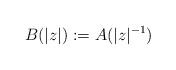
LaTeX: \begin{align*}B(|z|):=A(|z|^{-1})\end{align*}